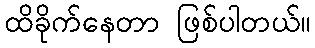
ထိခိုက်နေတာ ဖြစ်ပါတယ်။